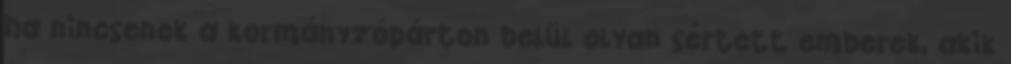
ha nincsenek a kormányzópárton belül olyan sértett emberek, akik